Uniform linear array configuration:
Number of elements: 48
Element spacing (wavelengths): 0.25
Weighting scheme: hamming
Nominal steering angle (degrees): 60
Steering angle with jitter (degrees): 58.563
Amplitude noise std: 0.05
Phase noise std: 0.05

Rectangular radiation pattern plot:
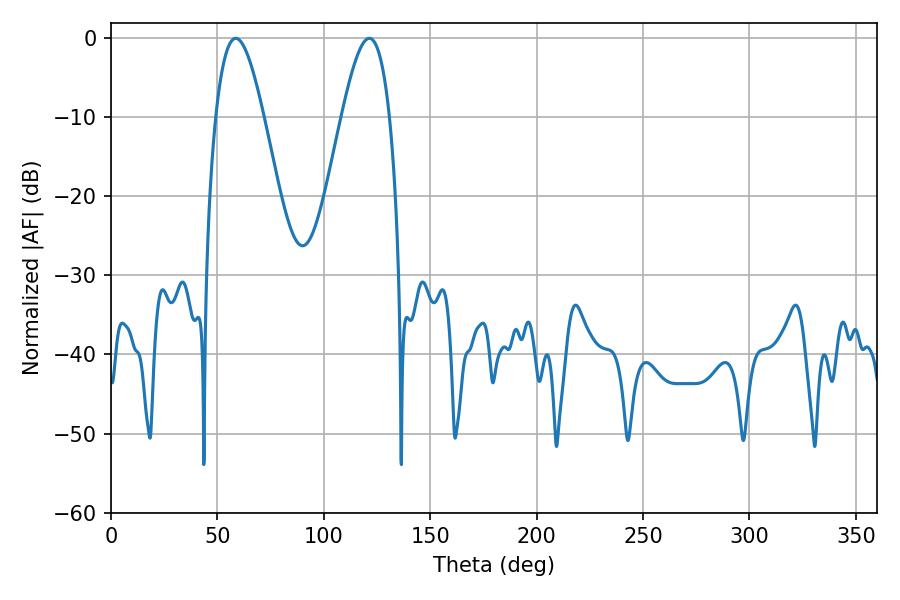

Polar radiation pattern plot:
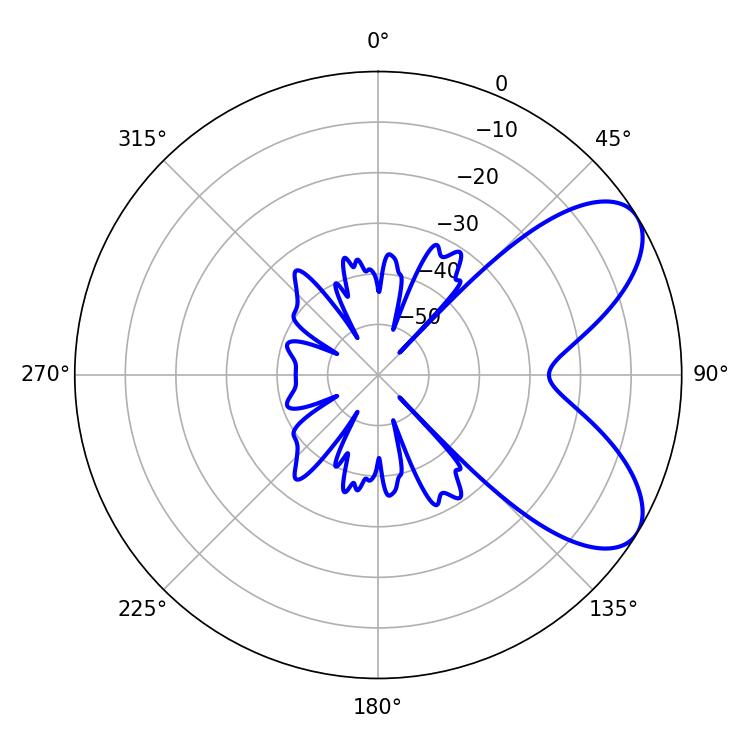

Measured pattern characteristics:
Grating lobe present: FALSE
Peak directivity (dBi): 6.995
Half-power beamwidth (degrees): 12.24
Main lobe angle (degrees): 58.68